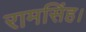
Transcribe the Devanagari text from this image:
रामसिंह।